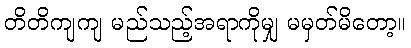
တိတိကျကျ မည်သည့်အရာကိုမျှ မမှတ်မိတော့။